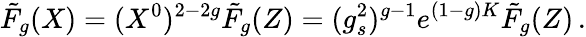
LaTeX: \tilde{F}_{g}(X)=(X^{0})^{2-2g}\tilde{F}_{g}(Z)=(g_{s}^{2})^{g-1}e^{(1-g)K}\tilde{F}_{g}(Z)\, .